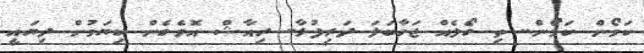
ކަމޯން ކަމޯން.. ތި ގޯލެއް ޖަހާބަލަ ދަރިފުޅާ.. ރިއާޝް އޮވެގެން ކިޔަމުން ދިޔައީ